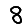
Digit: 8